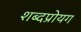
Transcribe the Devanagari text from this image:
शब्दप्रोयग